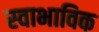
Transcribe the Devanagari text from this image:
स्‍वाभाविक